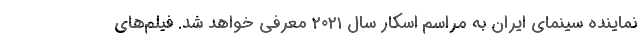
نماینده سینمای ایران به مراسم اسکار سال ۲۰۲۱ معرفی خواهد شد. فیلم‌های